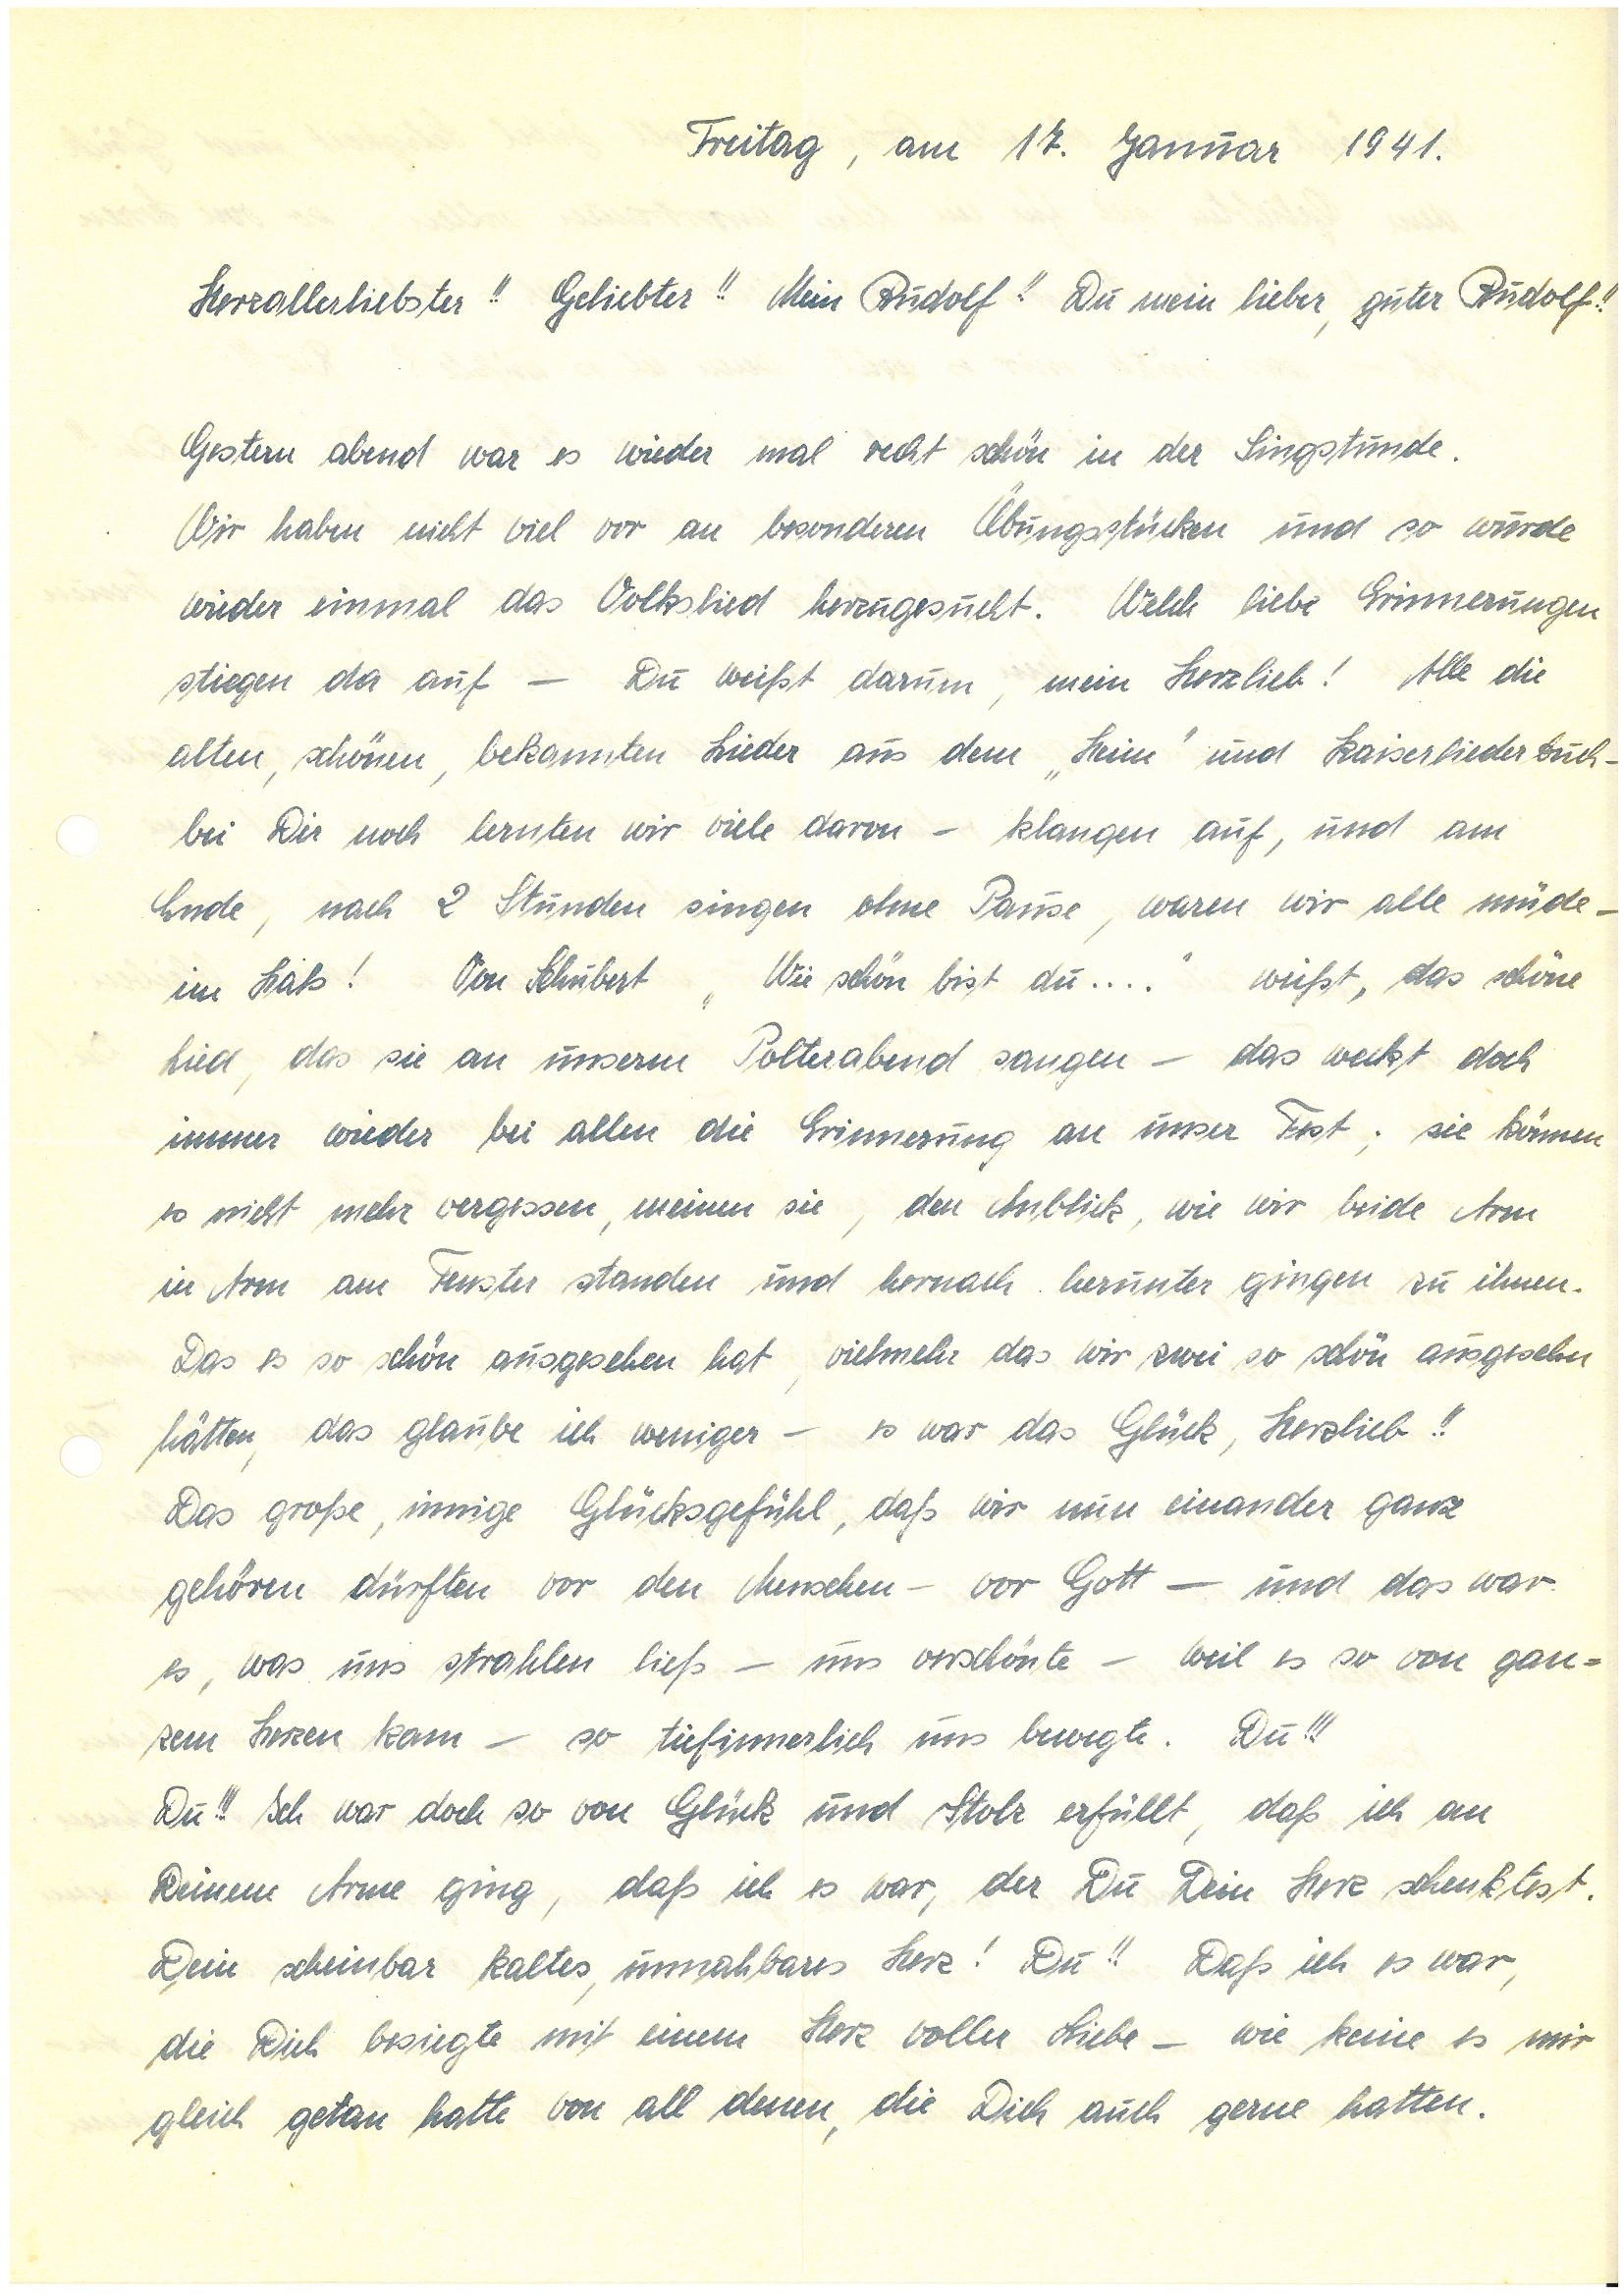
Freitag, am 17. Januar 1941.
Herzallerliebster!! Geliebter!! Mein Roland!! Du mein lieber, guter !!
Gestern abend war es wieder mal recht schön in der Singstunde.
Wir haben nicht viel vor an besonderen Übungsstücken und so wurde
wieder einmal das Volkslied herzugesucht. Welch liebe Erinnerungen
stiegen da auf – Du weißt darum, mein Herzlieb! Alle die
alten, schönen, bekannten Lieder aus dem „Heim“ und Kaiserliederbuch –
bei Dir noch lernten wir viel davon – klangen auf, und am
Ende, nach 2 Stunden singen ohne Pause, waren wir alle müde –
im Hals! Von Schubert „Wie schön bist du….“ weißt das schöne
Lied, das sie an unserm Polterabend sangen – das weckt doch
immer wieder bei allen die Erinnerung an unser Fest; sie können
es nicht mehr vergessen, meinen sie, den Anblick, wie wir beide Arm
in Arm am Fenster standen und hernach herunter gingen zu ihnen.
Daß es so schön ausgesehen hat, viel mehr, daß wir zwei so schön ausgesehen
hätten, das glaube ich weniger – es war das Glück, Herzlieb!!
Das große, innige Glücksgefühl, daß wir nun einander ganz
gehören dürften vor den Menschen – vor Gott – und das war
es, was uns strahlen ließ – und verschönte – weil es so von gan¬
zem Herzen kam – so tief innerlich uns bewegte. Du!!
Du!!! Ich war doch so von Glück und Stolz erfüllt, daß ich an
Deinem Arme ging, daß ich es war, der Du Dein Herz schenktest.
Dein scheinbar kaltes, unnahbares Herz! Du!! Daß ich es war,
die Dich besiegte mit einem Herz voller Liebe – wie keine es mir
gleich getan hatte von all denen, die Dich auch gerne hatten.